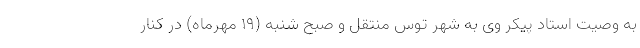
به وصیت استاد پیکر وی به شهر توس منتقل و صبح شنبه (۱۹ مهرماه) در کنار